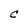
Character: C